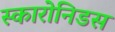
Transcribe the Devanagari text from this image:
स्कारोनिडस